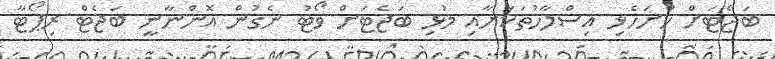
ބަޖެޓަށް ހުށަހެޅި އިސްލާހުތަކަށާއި މުޅި ބަޖެޓަށް ވޯޓު ނެގުން އޮންނާނީ ބަޖެޓް ރިޕޯޓާ